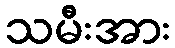
သမီးအား